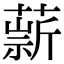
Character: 𦼢